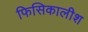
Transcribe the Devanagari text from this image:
फिसिकालीश